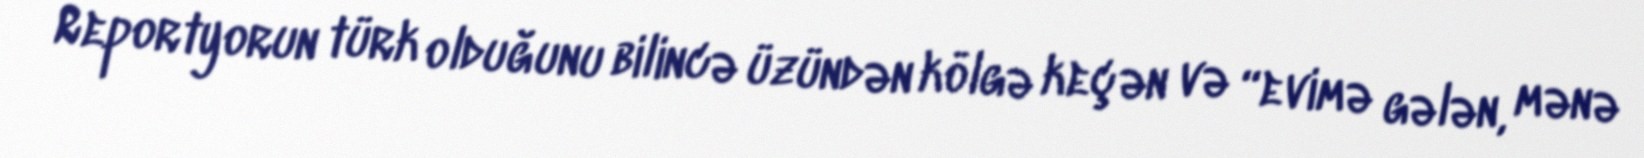
Reportyorun türk olduğunu bilincə üzündən kölgə keçən və “evimə gələn, mənə